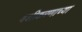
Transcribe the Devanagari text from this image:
वशीकरणाच्या